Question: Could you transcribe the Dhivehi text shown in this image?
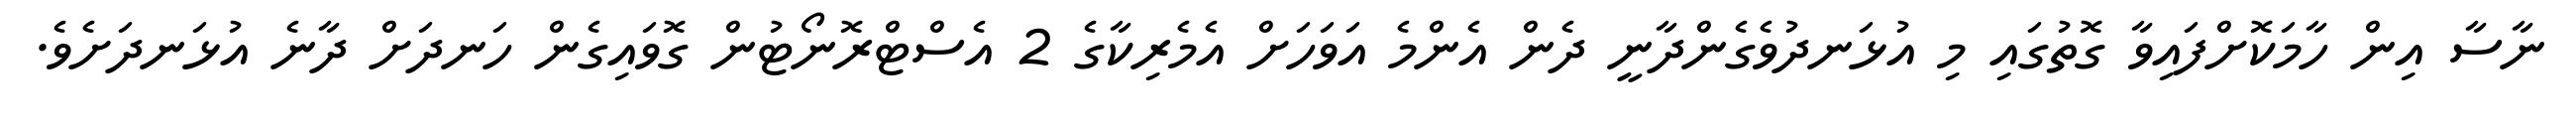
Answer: ނާސާ އިން ހާމަކޮށްފައިވާ ގޮތުގައި މި އުޅަނދުވެގެންދާނީ ދެން އެންމެ އަވަހަށް އެމެރިކާގެ 2 އެސްޓްރޮނޯޓުން ގޮވައިގެން ހަނދަށް ދާނެ އުޅަނދަށެވެ.